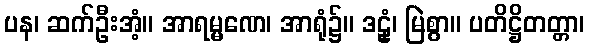
ပန၊ ဆက်ဦးအံ့။ အာရမ္မဏေ၊ အာရုံ၌။ ဒဠှံ၊ မြဲစွာ။ ပတိဋ္ဌိတတ္တာ၊